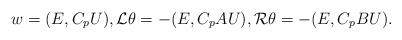
LaTeX: \begin{align*}w=(E, C_pU),{\cal L}\theta =-(E, C_pAU),{\cal R}\theta =-(E, C_pBU).\end{align*}